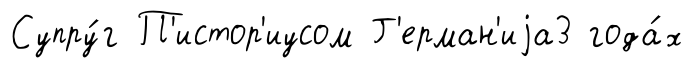
Супру́г П'истор'иусом Г'ерман'иjа3 года́х